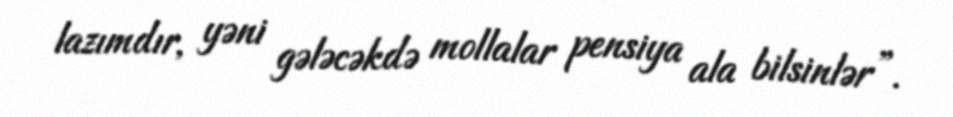
lazımdır, yəni gələcəkdə mollalar pensiya ala bilsinlər”.